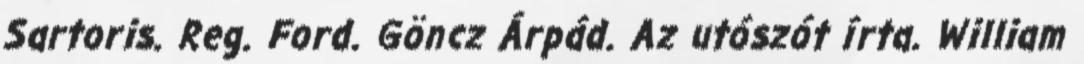
Sartoris. Reg. Ford. Göncz Árpád. Az utószót írta. William